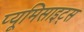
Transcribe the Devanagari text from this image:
प्यूमिसाइट्स